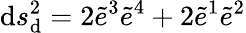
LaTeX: \mathrm{d}s_{\mathrm{d}}^{2}=2\widetilde{e}^{3}\widetilde{e}^{4}+2\widetilde{e}^{1}\widetilde{e}^{2}